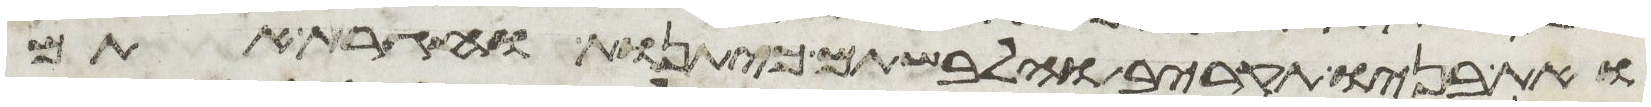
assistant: ואת בניו תקריב והלבשתם כיתנות וחגרת אתם